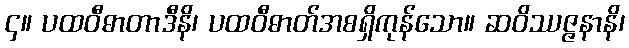
၄။ ပထဝီဓာတာဒီနိ၊ ပထဝီဓာတ်အစရှိကုန်သော။ ဆဝိဿဇ္ဇနာနိ၊